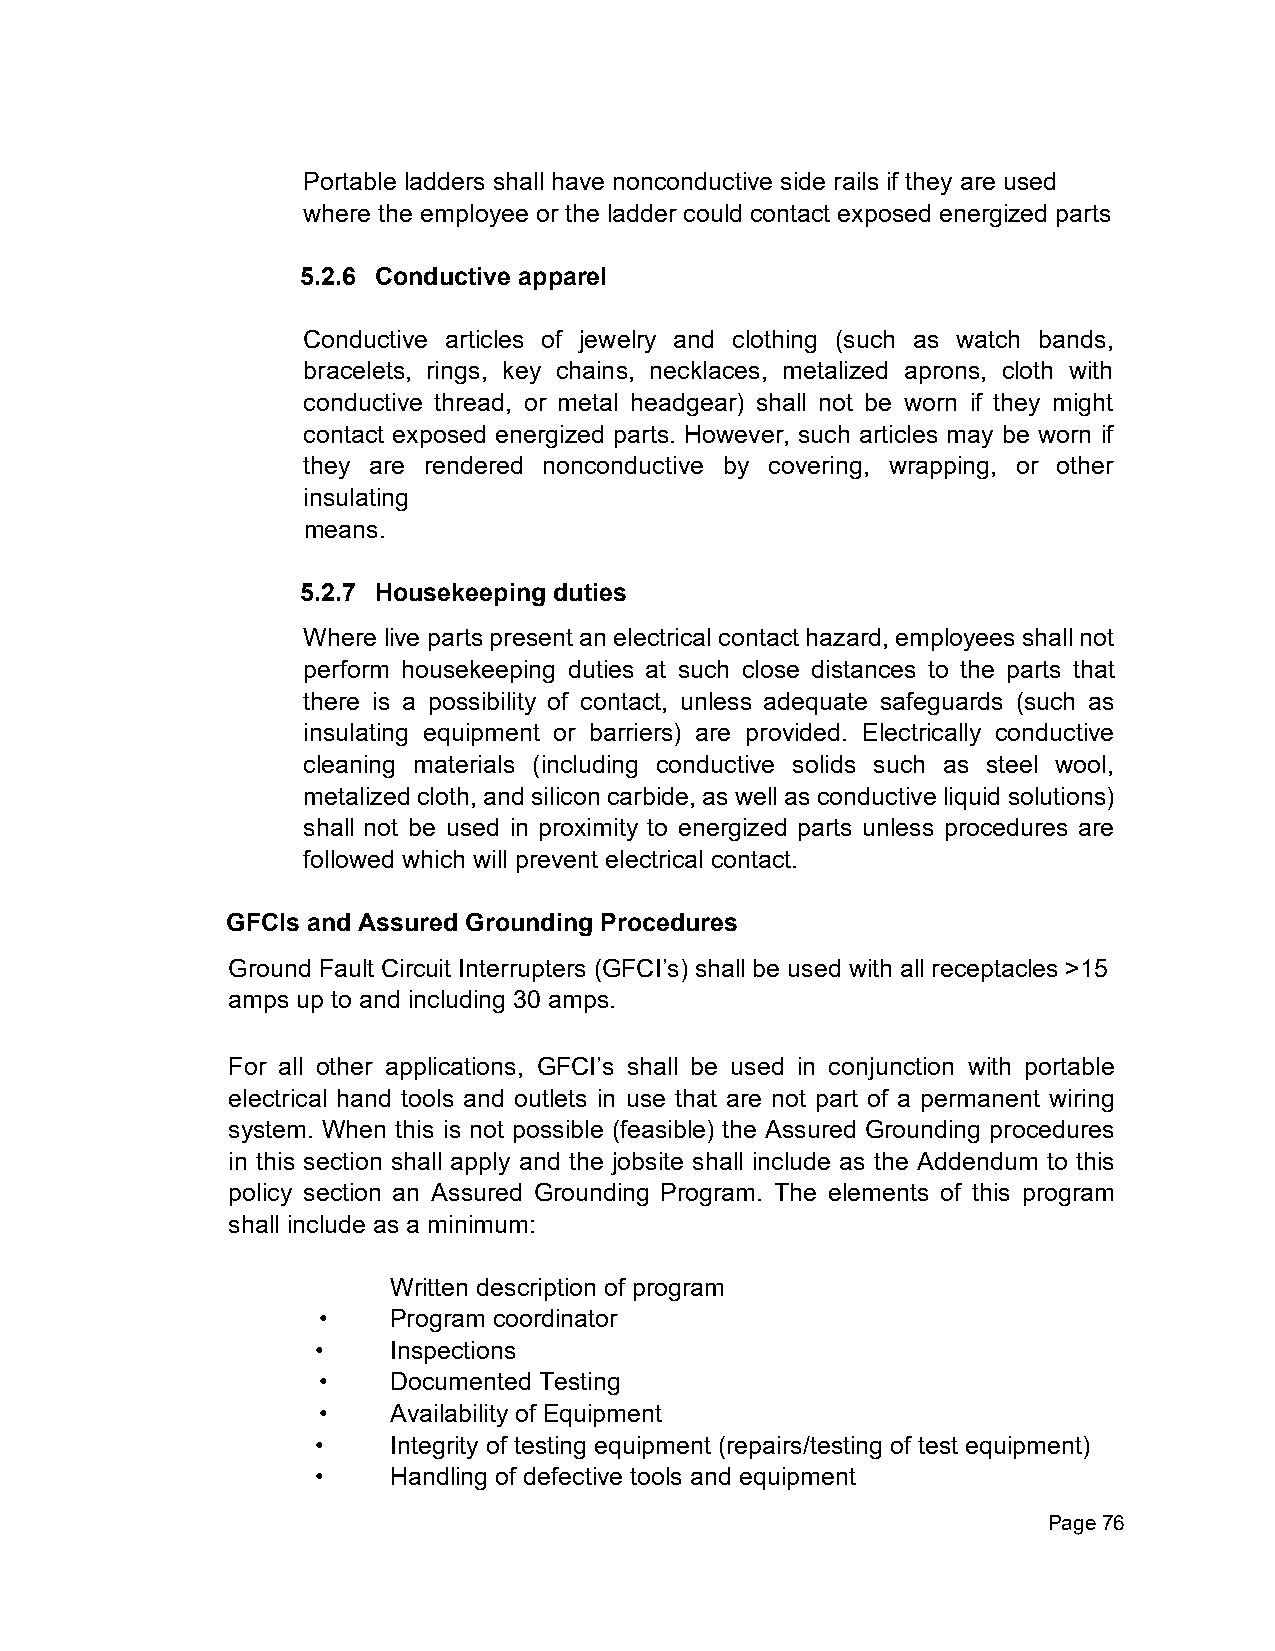
Portable ladders shall have nonconductive side rails if they are used
 where the employee or the ladder could contact exposed energized parts
 5.2.6 Conductive apparel
 Conductive articles of jewelry and clothing (such as watch bands,
 bracelets, rings, key chains, necklaces, metalized aprons, cloth with
 conductive thread, or metal headgear) shall not be worn if they might
 contact exposed energized parts. However, such articles may be worn if
 they are rendered nonconductive by covering, wrapping, or other
 insulating
 means.
 5.2.7 Housekeeping duties
 Where live parts present an electrical contact hazard, employees shall not
 perform housekeeping duties at such close distances to the parts that
 there is a possibility of contact, unless adequate safeguards (such as
 insulating equipment or barriers) are provided. Electrically conductive
 cleaning materials (including conductive solids such as steel wool,
 metalized cloth, and silicon carbide, as well as conductive liquid solutions)
 shall not be used in proximity to energized parts unless procedures are
 followed which will prevent electrical contact.
 GFCIs and Assured Grounding Procedures
 Ground Fault Circuit Interrupters (GFCI’s) shall be used with all receptacles >15
 amps up to and including 30 amps.
 For all other applications, GFCI’s shall be used in conjunction with portable
 electrical hand tools and outlets in use that are not part of a permanent wiring
 system. When this is not possible (feasible) the Assured Grounding procedures
 in this section shall apply and the jobsite shall include as the Addendum to this
 policy section an Assured Grounding Program. The elements of this program
 shall include as a minimum:
 Written description of program
 •    Program coordinator
 •    Inspections
 •    Documented Testing
 •    Availability of Equipment
 •    Integrity of testing equipment (repairs/testing of test equipment)
 •    Handling of defective tools and equipment
 Page 76